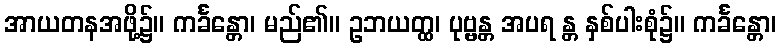
အာယတနအဖို့၌။ ကင်္ခန္တော၊ မည်၏။ ဥဘယတ္ထ၊ ပုဗ္ဗန္တ အပရ န္တ နှစ်ပါးစုံ၌။ ကင်္ခန္တော၊